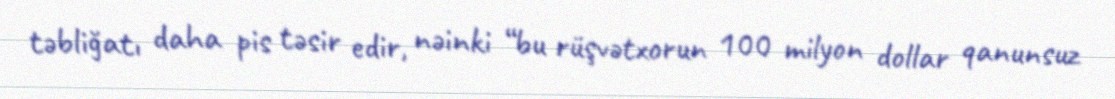
təbliğatı daha pis təsir edir, nəinki “bu rüşvətxorun 100 milyon dollar qanunsuz